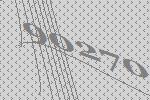
90270